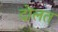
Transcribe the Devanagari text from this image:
दोलत